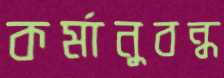
কর্মানুবন্ধ